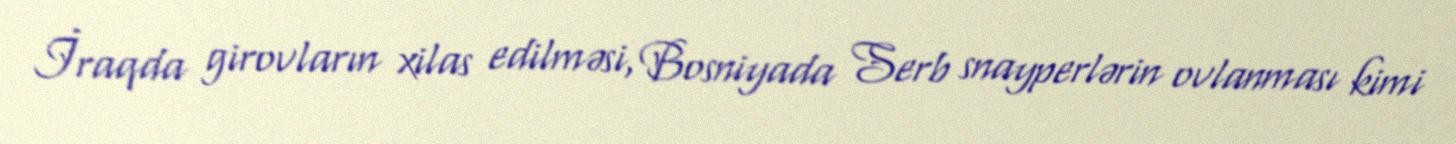
İraqda girovların xilas edilməsi, Bosniyada Serb snayperlərin ovlanması kimi